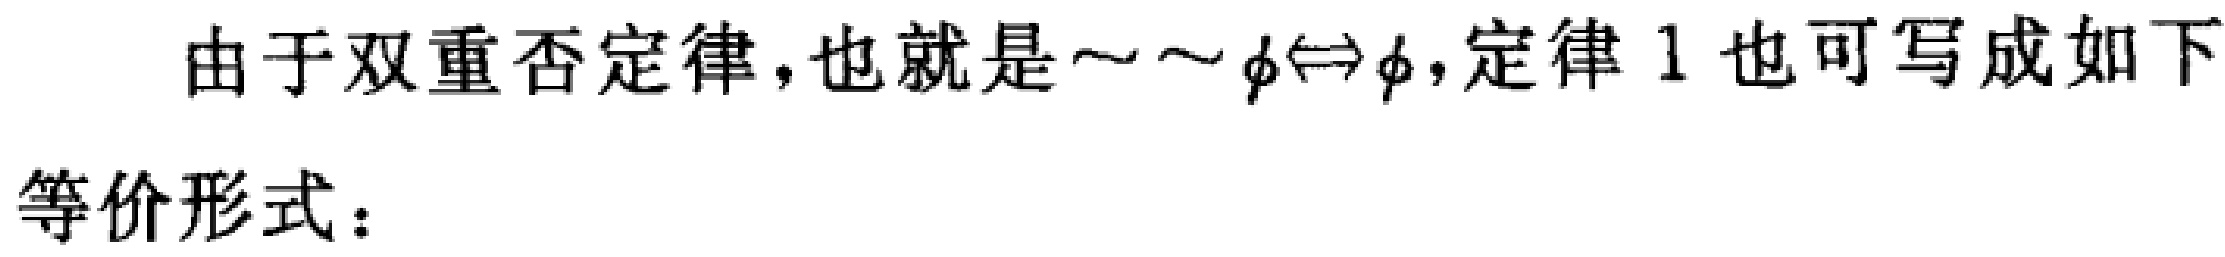
由于双重否定律，也就是\(\sim\sim\phi\Leftrightarrow\phi\)，定律 1 也可写成如下
等价形式：